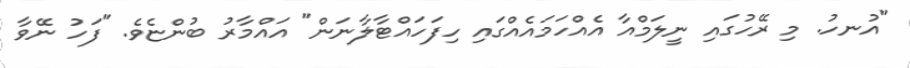
"އުނހު. މި ރޭހުގައި ނީލަމްއާ އެއްހަމައެއްގައި ހިފަހައްޓާލާނަން" އައްމާރު ބުންޏެވެ. "ފަހު ނޭވާ